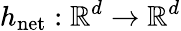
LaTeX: h_{\mathrm{net}}:\mathbb{R}^{d}\to\mathbb{R}^{d}